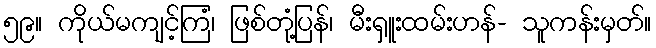
၅၉။ ကိုယ်မကျင့်ကြံ၊ ဖြစ်တုံ့ပြန်၊ မီးရှူးထမ်းဟန်- သူကန်းမှတ်။